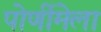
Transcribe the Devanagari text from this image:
पोर्णीमेला